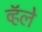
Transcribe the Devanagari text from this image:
व्हॅले